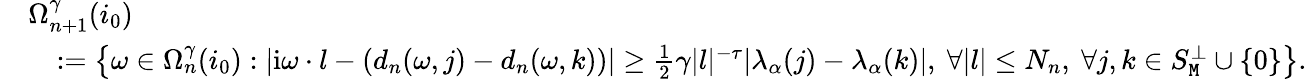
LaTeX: \begin{array}{rl}&{\Omega_{n+1}^{\gamma}(i_{0})}\\ &{\quad:=\left\{ \omega\in\Omega_{n}^{\gamma}(i_{0}):|\mathrm{i}\omega\cdot l-(d_{n}(\omega,j)-d_{n}(\omega,k))|\ge\frac{1}{2}\gamma|l|^{-\tau}|\lambda_{\alpha}(j)-\lambda_{\alpha}(k)|,\ \forall|l|\le N_{n},\ \forall j,k\in S_{\mathtt{M}}^{\perp}\cup\left\{ 0\right\} \right\} .}\end{array}